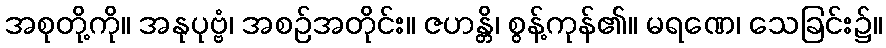
အစုတို့ကို။ အနုပုဗ္ဗံ၊ အစဉ်အတိုင်း။ ဇဟန္တိ၊ စွန့်ကုန်၏။ မရဏေ၊ သေခြင်း၌။